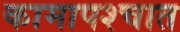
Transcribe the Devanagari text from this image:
कामापश्चात